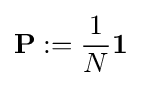
\mathbf {P} :={\frac {1}{N}}\mathbf {1}